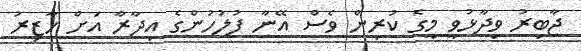
ޖާބިރު ވިދާޅުވީ މީގެ ކުރިން ވެސް އޭނާ ފުލުހުންގެ އިދާރާ އަށް ހާޒިރު